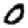
Digit: 0